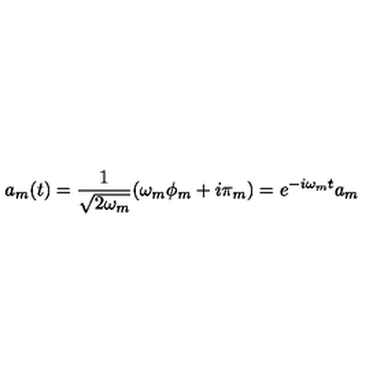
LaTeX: a _ { m } ( t ) = \frac { 1 } { \sqrt { 2 \omega _ { m } } } ( \omega _ { m } \phi _ { m } + i \pi _ { m } ) = e ^ { - i \omega _ { m } t } a _ { m }